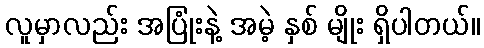
လူမှာလည်း အပြုံးနဲ့ အမဲ့ နှစ် မျိုး ရှိပါတယ်။